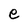
Character: e